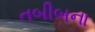
તબીબના